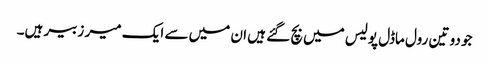
جو دو تین رول ماڈل پولیس میں بچ گئے ہیں ان میں سے ایک میر زبیر ہیں۔